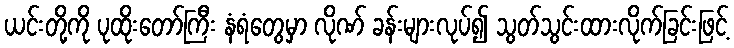
ယင်းတို့ကို ပုထိုးတော်ကြီး နံရံတွေမှာ လိုဏ် ခန်းများလုပ်၍ သွတ်သွင်းထားလိုက်ခြင်းဖြင့်